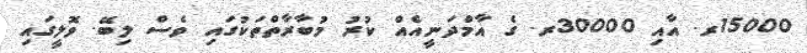
15000ރ. އާއި 30000ރ. ގެ އާމްދަނީއެއް ކުރު މުބާރާތްތަކުގައި ވެސް ލިބޭ. ވޮލީގައި